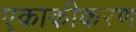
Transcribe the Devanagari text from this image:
एकाकीकरण